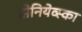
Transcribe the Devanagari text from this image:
झेनियेव्स्का